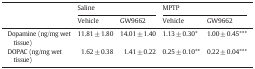
|  | <COLSPAN=2> Saline | <COLSPAN=2> MPTP |
 | Vehicle | GW9662 | Vehicle | GW9662 |
 | --- | --- | --- | --- | --- |
 | Dopamine (ng/mg wet tissue) | 11.81 ± 1.80 | 14.01 ± 1.40 | 1.13 ± 0.30* | 1.00 ± 0.45*** |
 | DOPAC (ng/mg wet tissue) | 1.62 ± 0.38 | 1.41 ± 0.22 | 0.25 ± 0.10** | 0.22 ± 0.04*** |